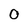
Character: 0